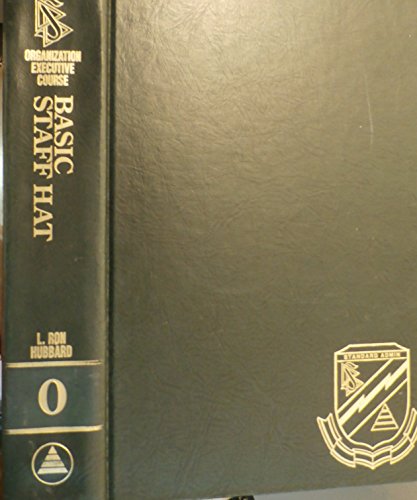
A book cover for The Organization Executive Course (Basic Staff Hat, 0); L. Ron Hubbard; Religion & Spirituality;